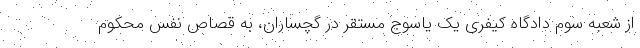
از شعبه سوم دادگاه کیفری یک یاسوج مستقر در گچساران، به قصاص نفس محکوم